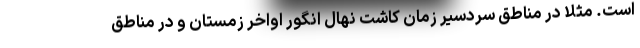
است. مثلا در مناطق سردسیر زمان کاشت نهال انگور اواخر زمستان و در مناطق